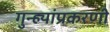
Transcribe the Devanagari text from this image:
गुन्ह्यांप्रकरणी